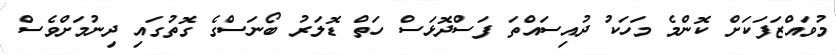
މުވައްޒަފަކަށް ކޮންމެ މަހަކު ދުއިސައްތަ ފަސްދޮޅަސް ހަތް ޑޮލަރު ބޯނަސްގެ ގޮތުގައި ދިނުމަށްވެސް